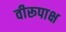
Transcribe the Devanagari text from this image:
वीरूपाक्ष